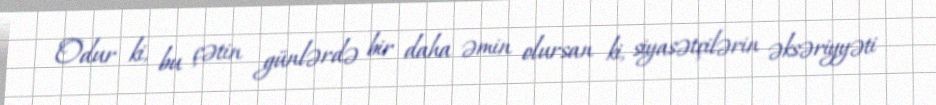
Odur ki, bu çətin günlərdə bir daha əmin olursan ki, siyasətçilərin əksəriyyəti